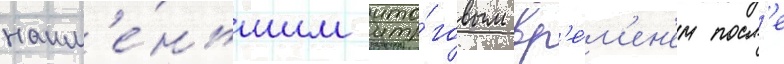
наим'е́ньшим ито́говым вр'е́м'ен'ем посл'е